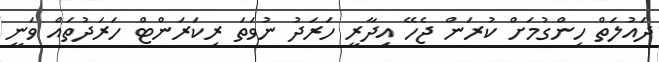
ދައުލަތް ހިންގުމަށް ކުރަން ޖެހޭ އިދާރީ ހަރަދު ނުވަތަ ރިކަރަންޓް ހަރަދުތައް ވަނީ